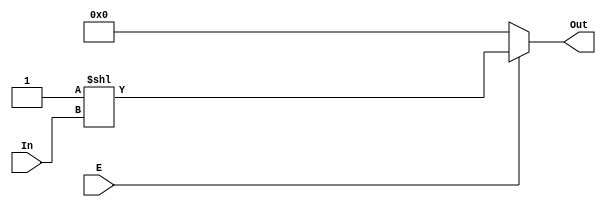
module decoder_2_4(E , In , Out);
input E;
input [1:0] In;
output [3:0] Out;
wire [3:0] Out;
assign Out = E ? 1'b1 << In : 4'h0;
endmodule

    module decoder_3_8(E , In , Out);
input E;
input [2:0] In;
output [7:0] Out;
wire E1 , G1 , G2;
not u1(E1 , In[2]);
and a1(G1 , E , In[2]);
and a2(G2 , E , E1);
decoder_2_4 block1(G1 , In[1 : 0] , Out[7 : 4]);
decoder_2_4 block2(G2 , In[1 : 0] , Out[3 : 0]);
endmodule

    module clkgen(clka, clkb, clka_out, clkb_out);
input clka, clkb;
output clka_out, clkb_out;
reg clka_out, clkb_out;
always @(clka)
begin
    clka_out = clka;
end
always @(clkb)
begin
    clkb_out = clkb;
end
endmodule